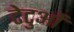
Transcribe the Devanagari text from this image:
टेटुओं